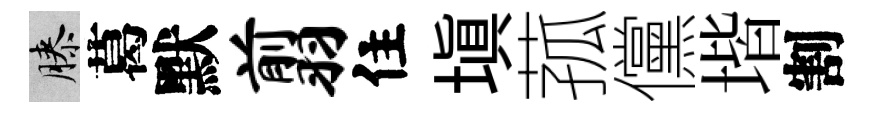
膝葛默翦住塡菰儻堦割